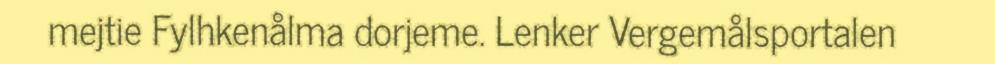
mejtie Fylhkenålma dorjeme. Lenker Vergemålsportalen